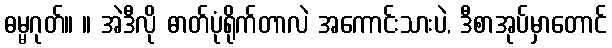
ဓမ္မဂုတ်။ ။ အဲဒီလို ဓာတ်ပုံရိုက်တာလဲ အကောင်းသားပဲ, ဒီစာအုပ်မှာတောင်